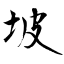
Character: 坡